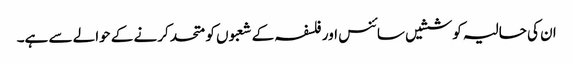
ان کی حالیہ کوششیں سائنس اور فلسفہ کے شعبوں کو متحد کرنے کے حوالے سے ہے۔